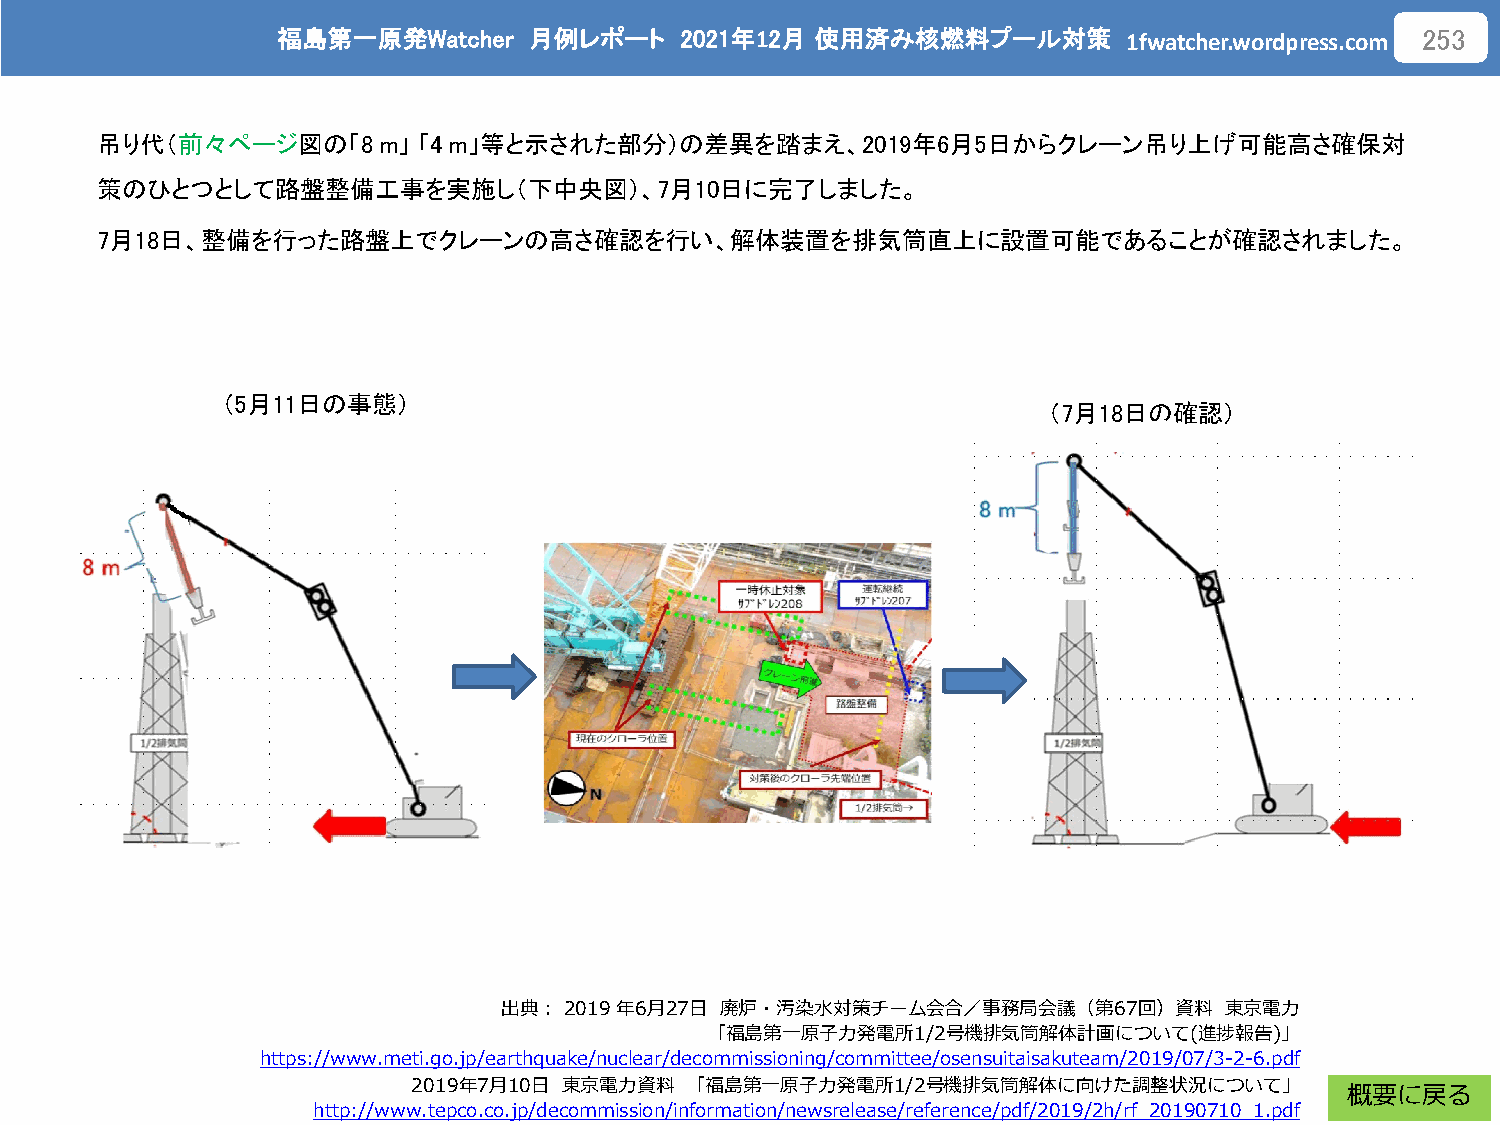
福島第一原発Watcher    月例レポート    2021年12月 使用済み核燃料プール対策
 1fwatcher.wordpress.com
 253
 吊り代（前々ページ図の「8      m」 「4 m」等と示された部分）の差異を踏まえ、2019年6月5日からクレーン吊り上げ可能高さ確保対
 策のひとつとして路盤整備工事を実施し（下中央図）、7月10日に完了しました。
 7月18日、整備を行った路盤上でクレーンの高さ確認を行い、解体装置を排気筒直上に設置可能であることが確認されました。
 （5月11日の事態）
 （7月18日の確認）
 出典：2019年6月27日  廃炉・汚染水対策チーム会合／事務局会議（第67回）資料      東京電力
 「福島第一原子力発電所1/2号機排気筒解体計画について(進捗報告)」
 https://www.meti.go.jp/earthquake/nuclear/decommissioning/committee/osensuitaisakuteam/2019/07/3-2-6.pdf
 2019年7月10日 東京電力資料  「福島第一原子力発電所1/2号機排気筒解体に向けた調整状況について」
 概要に戻る
 http://www.tepco.co.jp/decommission/information/newsrelease/reference/pdf/2019/2h/rf_20190710_1.pdf